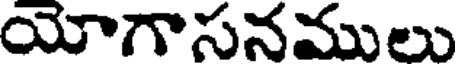
యోగాసనములు